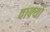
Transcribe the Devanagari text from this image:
वाक्‍यों